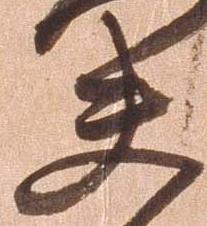
夫